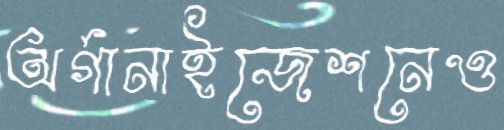
অর্গানাইজেশনেও